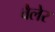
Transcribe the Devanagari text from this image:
वैलेर